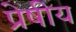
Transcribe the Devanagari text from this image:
प्रेषीय